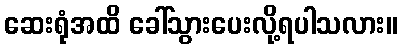
ဆေးရုံအထိ ခေါ်သွားပေးလို့ရပါသလား။